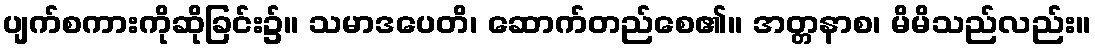
ပျက်စကားကိုဆိုခြင်း၌။ သမာဒပေတိ၊ ဆောက်တည်စေ၏။ အတ္တနာစ၊ မိမိသည်လည်း။